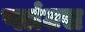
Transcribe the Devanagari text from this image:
प्लांटस